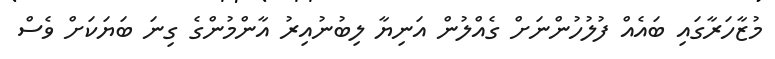
މުޒާހަރާގައި ބައެއް ފުލުހުންނަށް ގެއްލުން އަނިޔާ ލިބުނުއިރު އާންމުންގެ ގިނަ ބަޔަކަށް ވެސް